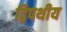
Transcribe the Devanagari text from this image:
द्विपथीय